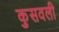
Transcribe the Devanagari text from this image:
कुसवली